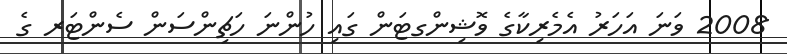
2008 ވަނަ އަހަރު އެމެރިކާގެ ވޮޝިންގޓަން ގައި ހުންނަ ހަޗިންސަން ސެންޓަރ ގެ